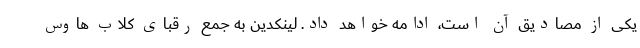
یکی از مصادیق آن است، ادامه خواهد داد. لینکدین به جمع رقبای کلاب هاوس